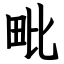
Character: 毗